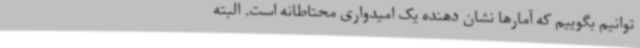
توانیم بگوییم که آمارها نشان دهنده یک امیدواری محتاطانه است. البته